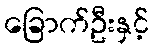
ခြောက်ဦးနှင့်